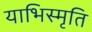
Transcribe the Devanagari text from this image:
याभिस्मृति